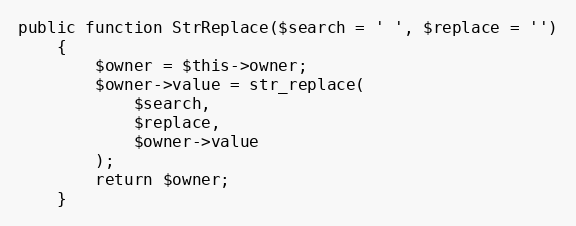
Language: PHP
public function StrReplace($search = ' ', $replace = '')
    {
        $owner = $this->owner;
        $owner->value = str_replace(
            $search,
            $replace,
            $owner->value
        );
        return $owner;
    }